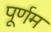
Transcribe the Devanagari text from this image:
पूर्णम